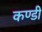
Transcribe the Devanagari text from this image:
कण्डी